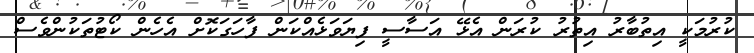
ކުރުމަކީ އިތުބާރު އިތުރު ކުރަން އެޅޭ އަސާސީ ފިޔަވަޅެއްކަން ފާހަގަކޮށް އެހެން ކޯޓުތަކުންވެސް